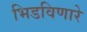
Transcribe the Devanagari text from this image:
भिडविणारे